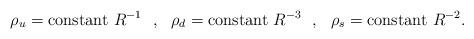
LaTeX: \begin{align*}\rho_u = {\rm constant~} R^{-1} ~~,~~ \rho_d = {\rm constant~} R^{-3} ~~,~~\rho_s = {\rm constant~} R^{-2} .\end{align*}